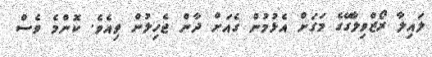
ލައިލާ ރޯޒްވިލާގޭގެ މަގަށް އެޅުމުން ގެއަށް ދާން ޖެހިލުން ވިއެވެ. ކޮންމެ ވެސް